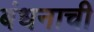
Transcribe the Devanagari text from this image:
बंधनाची